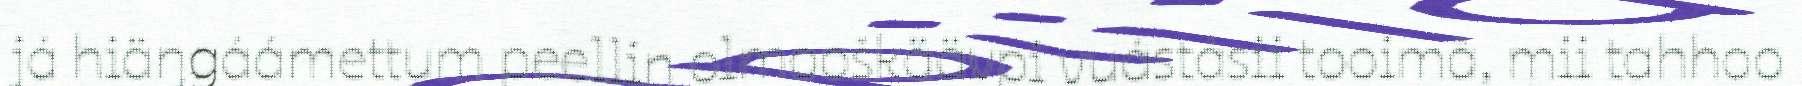
já hiäŋgáámettum peellin olmooškäävpi vuástásii tooimâ, mii tahhoo